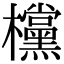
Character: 欓